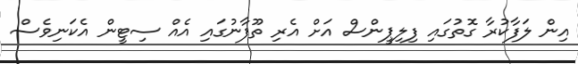
އިން ލަފާކުރާ ގޮތުގައި ފިލިޕީންސް އަށް އެރި ތޫފާނުގައި އެއް ސިޓީން އެކަނިވެސް